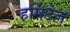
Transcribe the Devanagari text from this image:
हर्मिटेज़